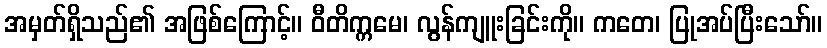
အမှတ်ရှိသည်၏ အဖြစ်ကြောင့်။ ဝီတိက္ကမေ၊ လွန်ကျူးခြင်းကို။ ကတေ၊ ပြုအပ်ပြီးသော်။